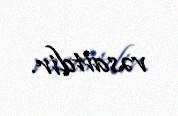
vəsaitdir.